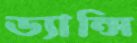
ড্যান্সি